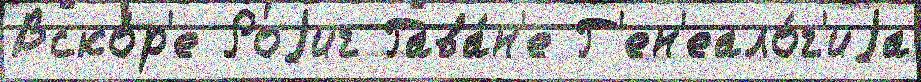
Вско́р'е Роjиг Гава́н'е Г'ен'еало́г'иjа